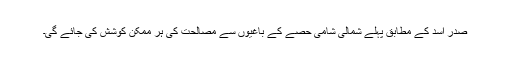
صدر اسد کے مطابق پہلے شمالی شامی حصے کے باغیوں سے مصالحت کی ہر ممکن کوشش کی جائے گی۔